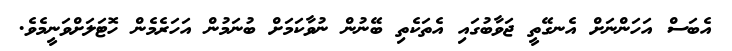
އެބަސް އަހަންނަށް އެނގޭތީ ޖަވާބުގައި އެތަކެތި ބޭނުން ނުވާކަމަށް ބުނަމުން އަހަރެމެން ހޮޓަލަށްވަނީމެވެ.